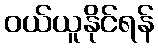
ဝယ်ယူနိုင်ရန်